Calcutta medical institutions reports 1892-1900
Year: 1892
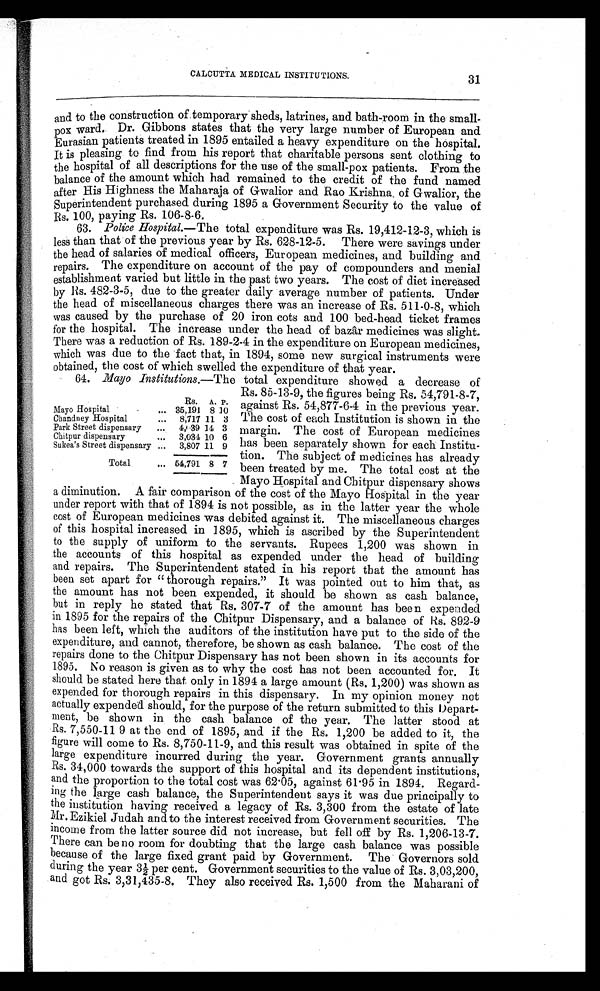
CALCUTTA MEDICAL INSTITUTIONS.
31
and to the construction of temporary sheds, latrines, and bath-room in the small
- p o x w a r d . D r . G i b b o n s s t a t e s t h a t t h e v e r y l a r g e n u m b e r o f E u r o p e a n a n d
Eurasian patients treated in 1895 entailed a heavy expenditure on the hospital.
It is pleasing to find from his report that charitable persons sent clothing to
the hospital of all descriptions for the use of the small-pox patients. From the
balance of the amount which had remained to the credit of the fund named
after His Highness the Maharaja of Gwalior and Rao Krishna of Gwalior, the
Superintendent purchased during 1895 a Government Security to the value of
Rs. 100, paying Rs. 106-8-6.
63. Police Hospital.—The total expenditure was Rs. 19,412-12-3, which is
less than that of the previous year by Rs. 628-12-5. There were savings under
the head of salaries of medical officers, European medicines, and building and
repairs. The expenditure on account of the pay of compounders and menial
establishment varied but little in the past two years. The cost of diet increased
by Rs. 482-3-5, due to the greater daily average number of patients. Under
the head of miscellaneous charges there was an increase of Rs. 511-0-8, which
was caused by the purchase of 20 iron cots and 100 bed-head ticket frames
for the hospital. The increase under the head of bazâr medicines was slight-
There was a reduction of Rs. 189-2-4 in the expenditure on European medicines,
which was due to the fact that, in 1894, some new surgical instruments were
obtained, the cost of which swelled the expenditure of that year.
64. Mayo Institutions.— The total expenditure showed a decrease of
R s . A. P.
Mayo Hospital
. . . 35,191 8 10
Chandney Hospital
. . . 8,717 11 3
Park Street dispensary ..
4,39 14 3
Chitpur dispensary
. . . 3,034 10 6
Sukea’s Street dispensary ...
3,807 11 9
Total
... 54,791 8 7
Rs. 85-13-9, the figures being Rs. 54,791-8-7,
against Rs. 54,877-6-4 in the previous year.
The cost of each Institution is shown in the
margin. The cost of European medicines
has been separately shown for each Institu-
tion. The subject of medicines has already
been treated by me. The total cost at the
Mayo Hospital and Chitpur dispensary shows
a diminution. A fair comparison of the cost of the Mayo Hospital in the year
under report with that of 1894 is not possible, as in the latter year the whole
cost of European medicines was debited against it. The miscellaneous charges
of this hospital increased in 1895, which is ascribed by the Superintendent
to the supply of uniform to the servants. Rupees 1,200 was shown in
the accounts of this hospital as expended under the head of building
and repairs. The Superintendent stated in his report that the amount has
been set apart for “ thorough repairs.” It was pointed out to him that, as
the amount has not been expended, it should be shown as cash balance,
but in reply he stated that Rs. 307-7 of the amount has been expended
in 1895 for the repairs of the Chitpur Dispensary, and a balance of Rs. 892-9
has been left, which the auditors of the institution have put to the side of the
expenditure, and cannot, therefore, be shown as cash balance. The cost of the
repairs done to the Chitpur Dispensary has not been shown in its accounts for
1895. No reason is given as to why the cost has not been accounted for. It
should be stated here that only in 1894 a large amount (Rs. 1,200) was shown as
expended for thorough repairs in this dispensary. In my opinion money not
actually expended should, for the purpose of the return submitted to this Depart-
ment, be shown in the cash balance of the year. The latter stood at
Rs. 7,550-11 9 at the end of 1895, and if the Rs. 1,200 be added to it, the
figure will come to Rs. 8,750-11-9, and this result was obtained in spite of the
large expenditure incurred during the year. Government grants annually
Rs. 34,000 towards the support of this hospital and its dependent institutions,
and the proportion to the total cost was 62.05, against 61.95 in 1894. Regard-
ing the large cash balance, the Superintendent says it was due principally to
the institution having received a legacy of Rs. 3,300 from the estate of late
Mr. Ezikiel Judah and to the interest received from Government securities. The
income from the latter source did not increase, but fell off by Rs. 1,206-13-7.
There can be no room for doubting that the large cash balance was possible
because of the large fixed grant paid by Government. The Governors sold
during the year 3½ per cent. Government securities to the value of Rs. 3,03,200,
and got Rs. 3,31,435-8. They also received Es. 1,500 from the Maharani of